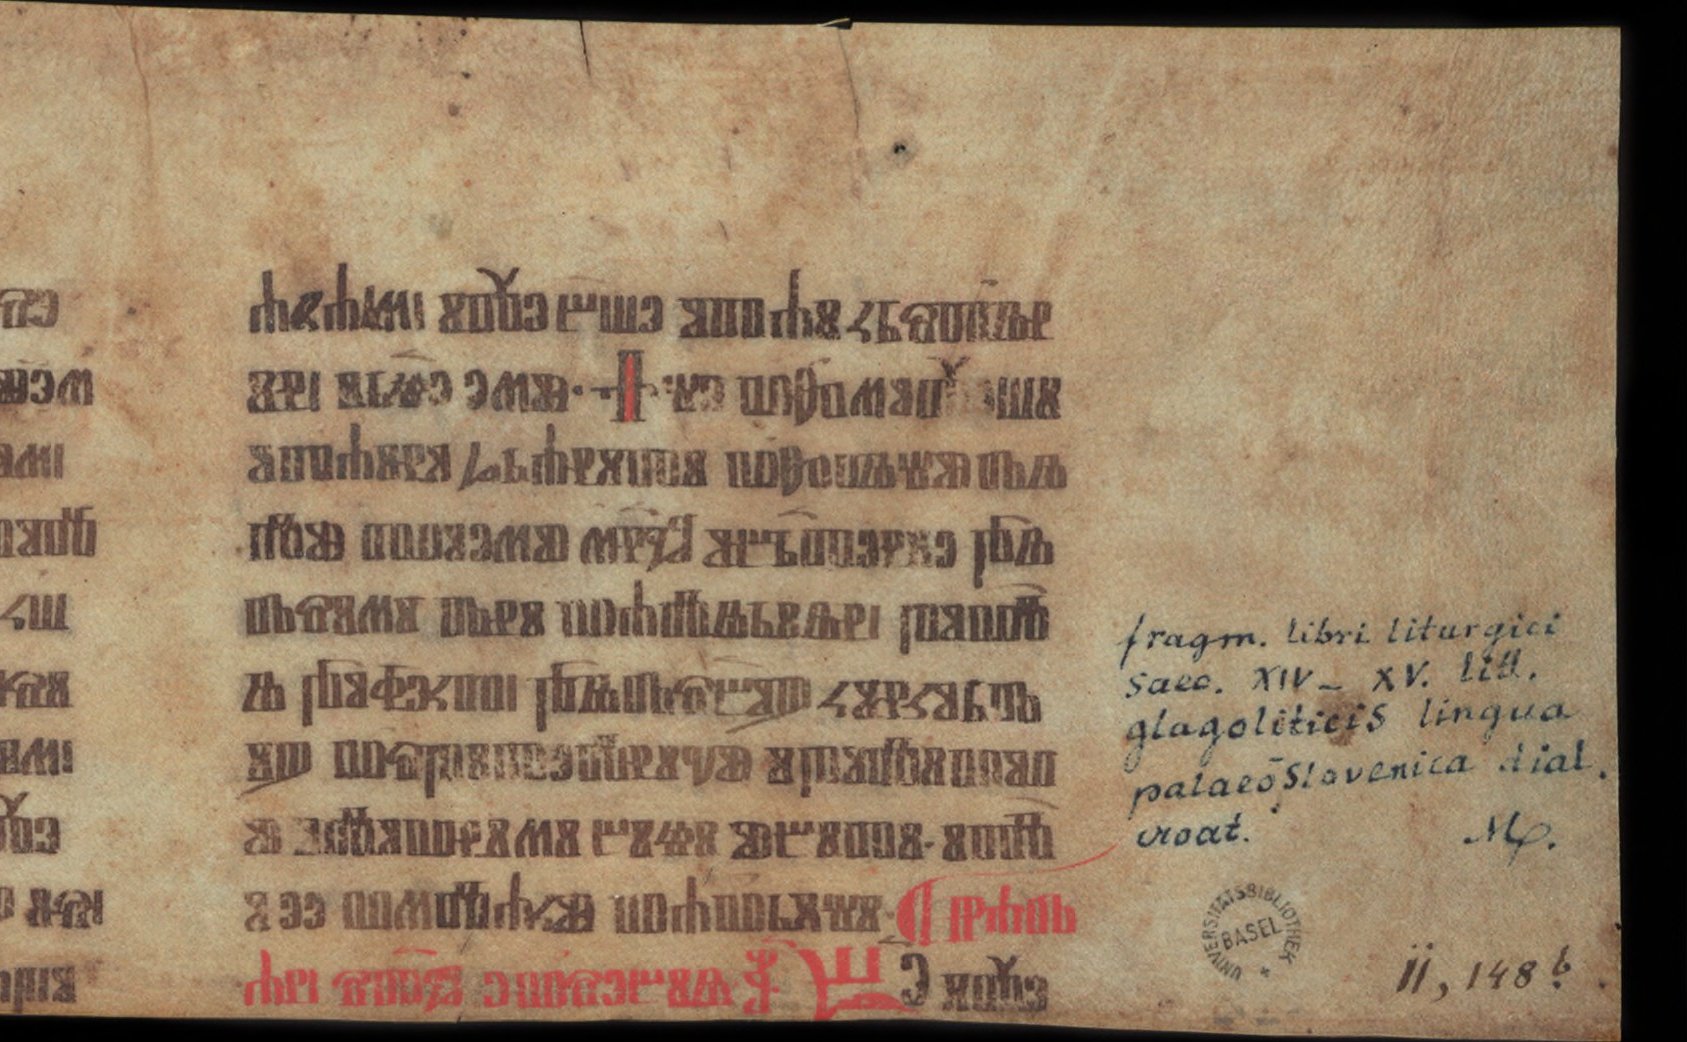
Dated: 1400–1499